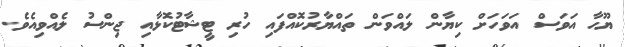
ޔޫހާ އަވަސް އަވަހަށް ކިޔާން ލައްވަން ތައްޔާރުކޮއްފައި ހުރި ޓީޝާޓުކޮޅާއި ޖިންސު ލެއްވިއެވެ.